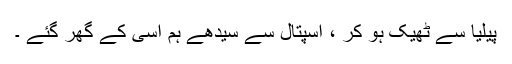
پیلیا سے ٹھیک ہو کر ، اسپتال سے سیدھے ہم اُسی کے گھر گئے ۔